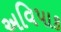
અવિપાક